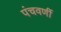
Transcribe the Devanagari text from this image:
पंचवर्णी